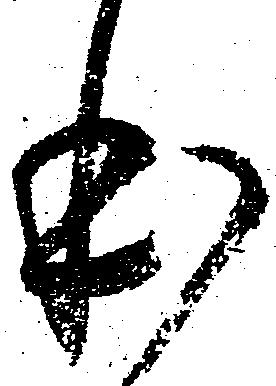
本